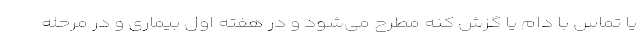
یا تماس با دام یا گزش کنه مطرح می‌شود و در هفته اول بیماری و در مرحله